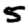
Digit: 5